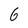
Character: 6